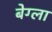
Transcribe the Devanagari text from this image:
बेग्ला